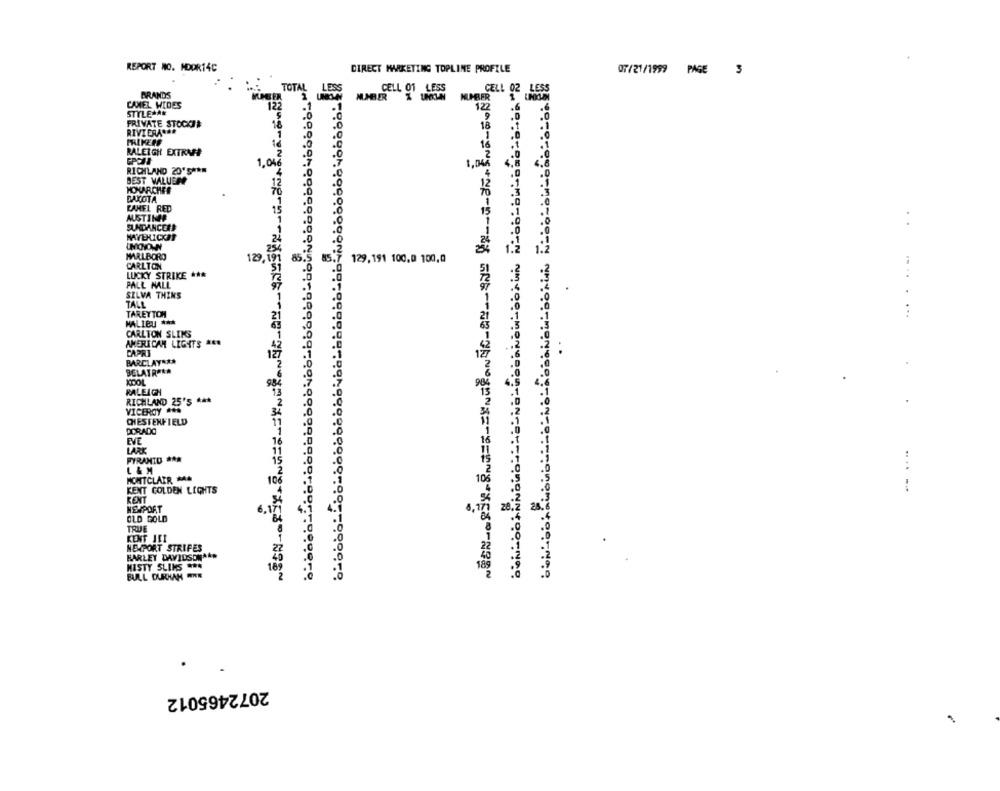
REPORT NO. MDDR14C
DIRECT MARKETING TOPLINE PROFILE
07/21/1999 PAGE 3
TOTAL LESS
BRANDS
1
LESS
MUABER
CELL 01 LESS
NUMBER
CELL 02 LESS
CAMEL WIDES
.1
STYLEMAN
122
122
.6
.0
9
.0
PRIVATE STOCKTE
18
RIVIERANAR
RALEIGH EXTRAF
16
1.046
1.04
4.8
RICHLAND 20'S ***
.0
.0
BEST VALUENY
HONARCHIE
DAKOTA
CAMEL RED
AUSTINER
SUNDANCER
..
MAVERICKAT
UNONION
MARLBORO
129,191
85.
85
129, 191 100.0 100,0
CARLTON
LUCKY STRIKE ***
PALL MALL
SILVA THINS
TALL
TAREYTOM
...
MALIEL ***
CARLTON SLIKS
AMERICAN LIGHTS ***
CAPRI
BARCLAY ***
BELATRORA
XDOL
984
RALEIGH
RICHLAND 25'S ***
VICERoy ...
CHESTERFIELD
DORADO
EVE
16
LARE
.0
PYRAMID ***
.C
L &M
MONTCLAIR MAA
106
KENT COLDEN LIGHTS
.... --
KENT
20,2
NEWPORT
6.1
OLD GOLD
TRUE
KENT JEI
NEIPORT STRIPES
HARLEY DAVIDSONAAR
MISTY SLIMS ON
189
BULL DURHAM PINK
2
2072465012